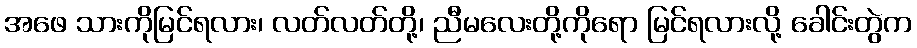
အဖေ သားကိုမြင်ရလား၊ လတ်လတ်တို့၊ ညီမလေးတို့ကိုရော မြင်ရလားလို့ ခေါင်းတွဲက